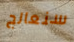
سنعالج